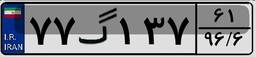
۷۷گ۱۳۷۶۱